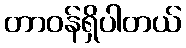
တာဝန်ရှိပါတယ်